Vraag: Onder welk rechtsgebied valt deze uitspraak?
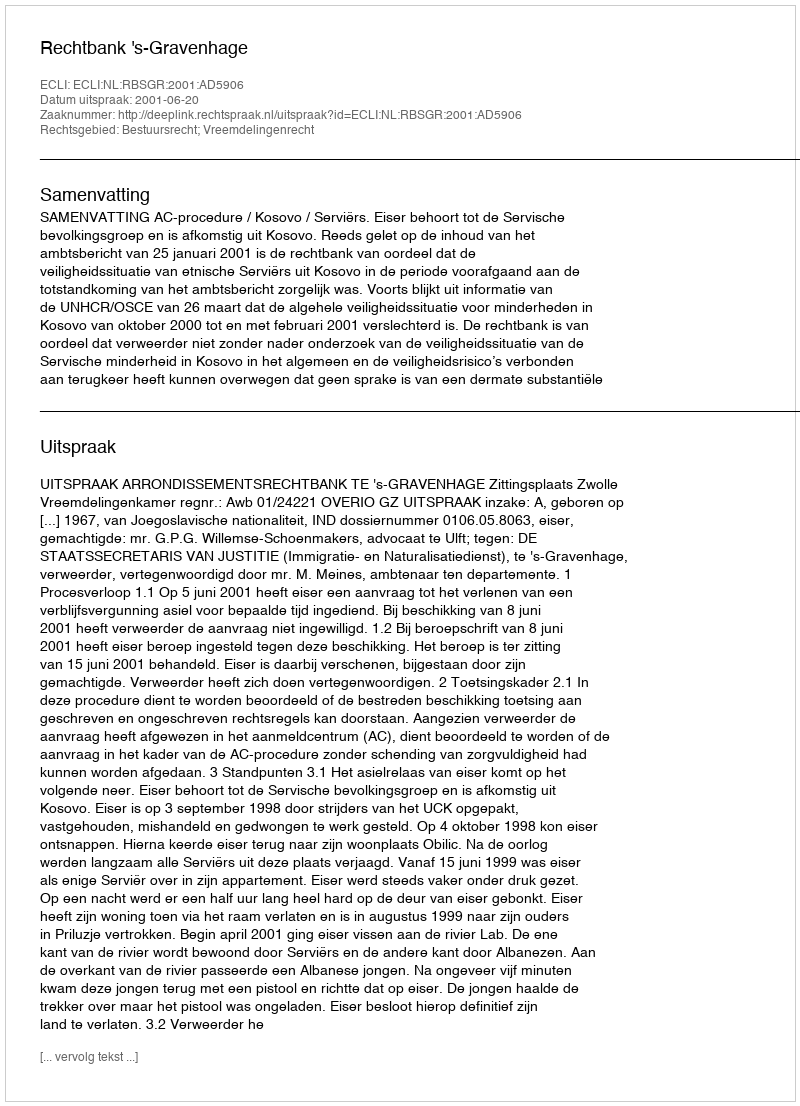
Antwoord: Bestuursrecht; Vreemdelingenrecht